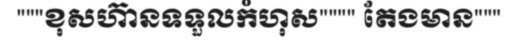
"""ខុសហ៊ានទទួលកំហុស"""" តែងមាន"""